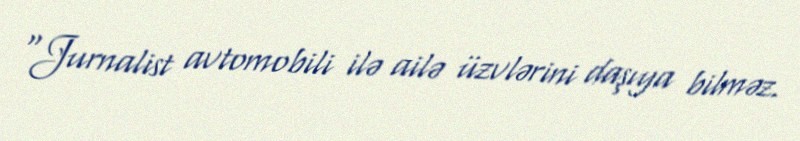
“Jurnalist avtomobili ilə ailə üzvlərini daşıya bilməz.